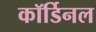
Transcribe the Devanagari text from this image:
कॉर्डिनल